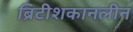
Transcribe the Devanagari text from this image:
ब्रिटीशकानलीन